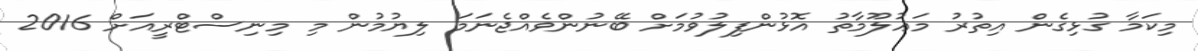
މިކަމާ ގުޅިގެން އިތުރު މަޢުލޫމާތު އޮޅުންފިލުވުމަށް ބޭނުންވެއްޖެނަމަ ލިޔުމުން މި މިނިސްޓްރީއަށް 2016